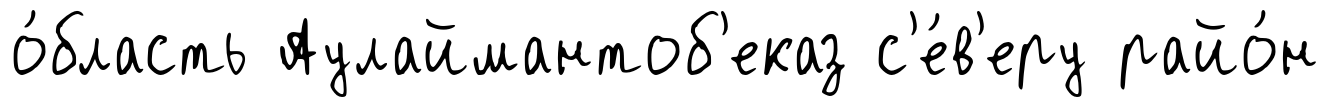
о́бласть Аулаймантоб'еказ с'е́в'еру райо́н